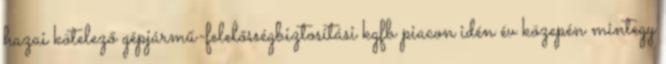
hazai kötelező gépjármű-felelősségbiztosítási kgfb piacon idén év közepén mintegy